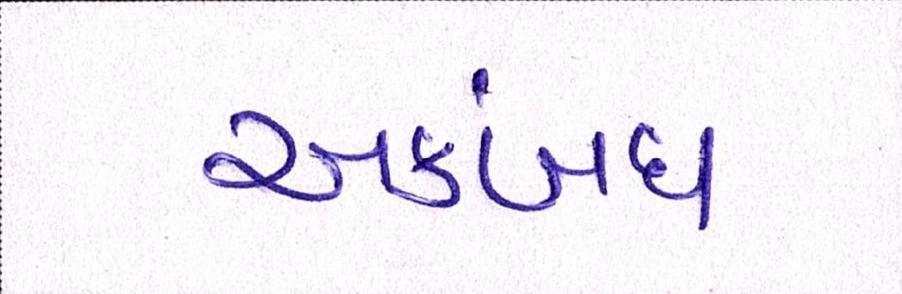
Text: અકબંધ